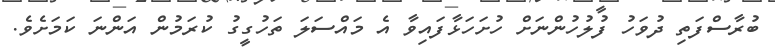
ބުރާސްފަތި ދުވަހު ފުލުހުންނަށް ހުށަހަޅާފައިވާ އެ މައްސަލަ ތަހުގީގު ކުރަމުން އަންނަ ކަމަށެވެ.